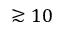
\gtrsim 1 0